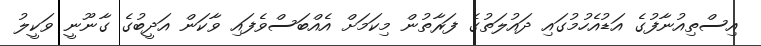
އިސްތިއުނާފުގެ އަޑުއެހުމުގައި ދައުލަތުގެ ފަރާތުން މިކަމަށް އެއްބަސްވެފައި ވާކަން އަދީބުގެ ގާނޫނީ ވަކީލު